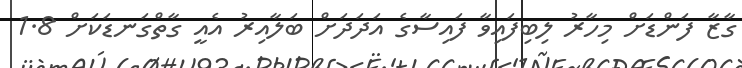
ގާޒާ ފަންޑަށް މިހާރު ލިބިފައިވާ ފައިސާގެ އަދަދަށް ބަލާއިރު އެއީ ގާތްގަނޑަކަށް 1.8